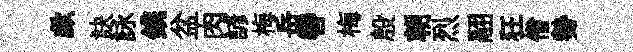
歔訣詠鎸盆肉諺梅岳轡梅殷朝烈翮狂僧勢